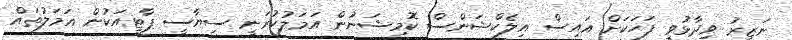
ނަޒީރު ވިދާޅުވީ ފަހަކަށް އައިސް އިލެކްޝަންސް ކޮމިޝަނުން އަމަލުކުރަނީ ސިޔާސީ ޕާޓީއަކުން އަމަލުތައް